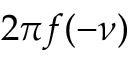
2 \pi f ( - \nu )